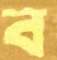
ব